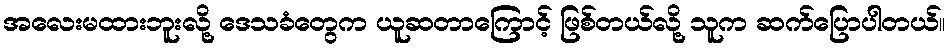
အလေးမထားဘူးလို့ ဒေသခံတွေက ယူဆတာကြောင့် ဖြစ်တယ်လို့ သူက ဆက်ပြောပါတယ်။